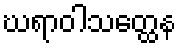
ဃရာဝါသတ္ထေန